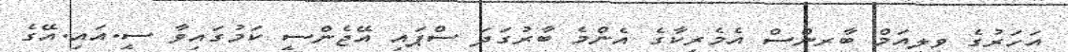
އަހަރުގެ ވިލިއަމް ބާރންސް އެމެރިކާގެ އެންމެ ބާރުގަދަ ސްޕައި އޭޖެންސީ ކަމުގައިވާ ސީ.އައި.އޭގެ